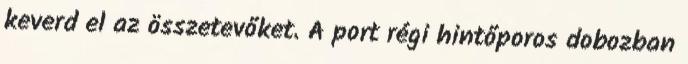
keverd el az összetevőket. A port régi hintőporos dobozban